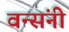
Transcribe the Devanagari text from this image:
वन्संनी